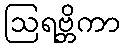
ဩရဗ္ဘိကာ